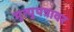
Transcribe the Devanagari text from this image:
मृत्युपत्रावर